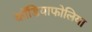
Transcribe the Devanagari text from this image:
कॉडियाफोलिया